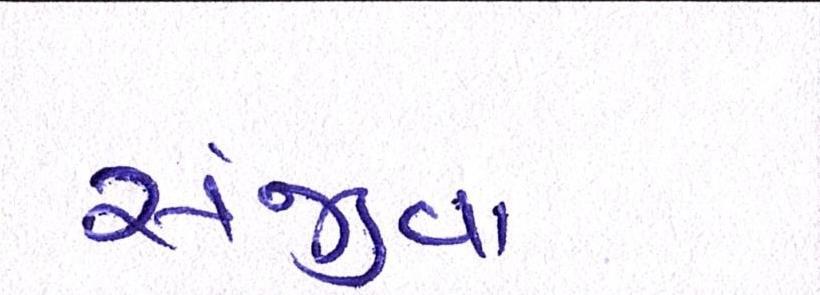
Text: સંજીવ